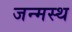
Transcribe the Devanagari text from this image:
जन्मस्थ